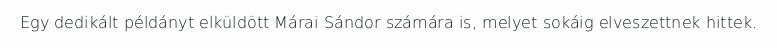
Egy dedikált példányt elküldött Márai Sándor számára is, melyet sokáig elveszettnek hittek.